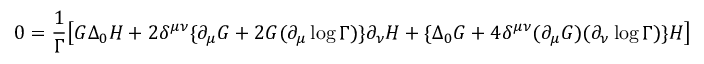
0 = \frac { 1 } { \Gamma } \big [ G \Delta _ { 0 } H + 2 \delta ^ { \mu \nu } \{ \partial _ { \mu } G + 2 G ( \partial _ { \mu } \log \Gamma ) \} \partial _ { \nu } H + \{ \Delta _ { 0 } G + 4 \delta ^ { \mu \nu } ( \partial _ { \mu } G ) ( \partial _ { \nu } \log \Gamma ) \} H \big ]